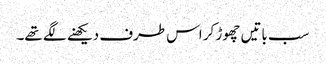
سب باتیں چھوڑ کر اس طرف دیکھنے لگے تھے۔